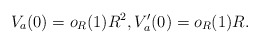
\begin{align*}V_a(0)=o_R(1)R^2, V_a'(0)=o_R(1)R.\end{align*}